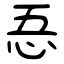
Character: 忢